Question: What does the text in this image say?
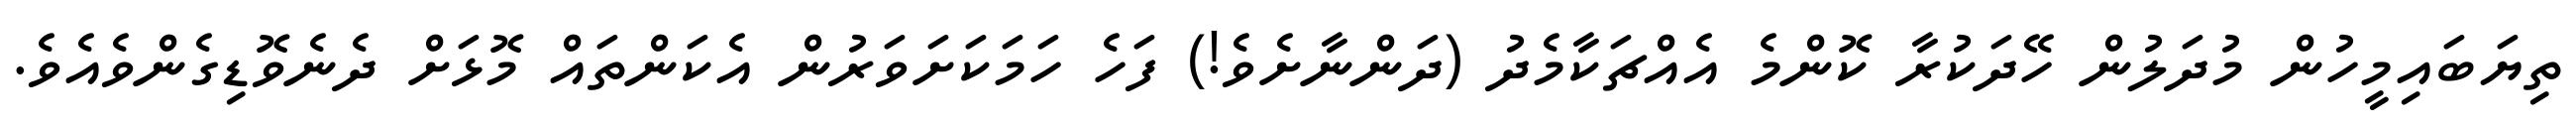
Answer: ތިޔަބައިމީހުން މުދަލުން ހޭދަކުރާ ކޮންމެ އެއްޗަކާމެދު (ދަންނާށެވެ!) ފަހެ ހަމަކަށަވަރުން އެކަންތައް މޮޅަށް ދެނެވޮޑިގެންވެއެވެ.